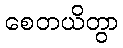
စေတယိတွာ